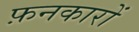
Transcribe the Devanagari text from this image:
फ़नकारों